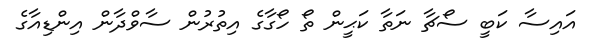
އައިސާ ކަބީ ސޯޗާ ނަތާ ކަޙީން ތޯ ހޯގާގެ އިތުރުން ސާވްދާން އިންޑިއާގެ